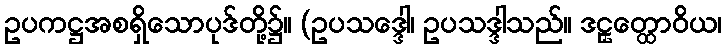
ဥပကဋ္ဌအစရှိသောပုဒ်တို့၌။ (ဥပသဒ္ဒေါ၊ ဥပသဒ္ဒါသည်။ ဒဠှတ္ထောဝိယ၊